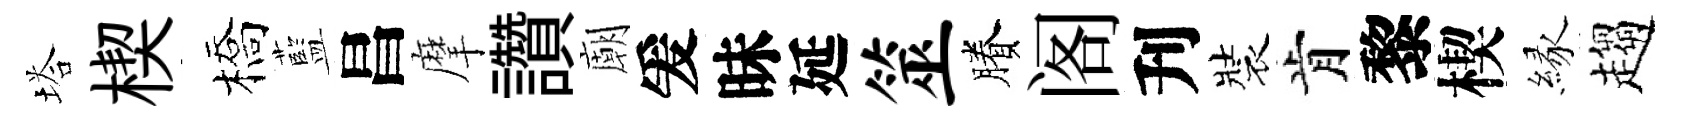
塔楔橋藍昌摩讚廟爰昧延筮賸阁刋裝肯黎楔縁趨